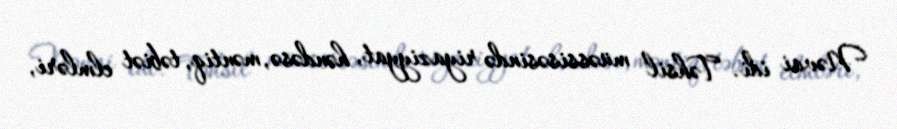
Nəvai idi. Təhsil müəssisəsində riyaziyyat, həndəsə, məntiq, təbiət elmləri,